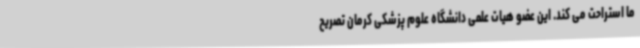
ما استراحت می کند. این عضو هیات علمی دانشگاه علوم پزشکی کرمان تصریح